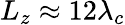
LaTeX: L_{z}\approx 12\lambda_{c}